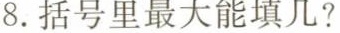
8. 括号里最大能填几?